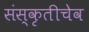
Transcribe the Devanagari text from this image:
संस्कृतीचेव